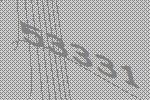
53331